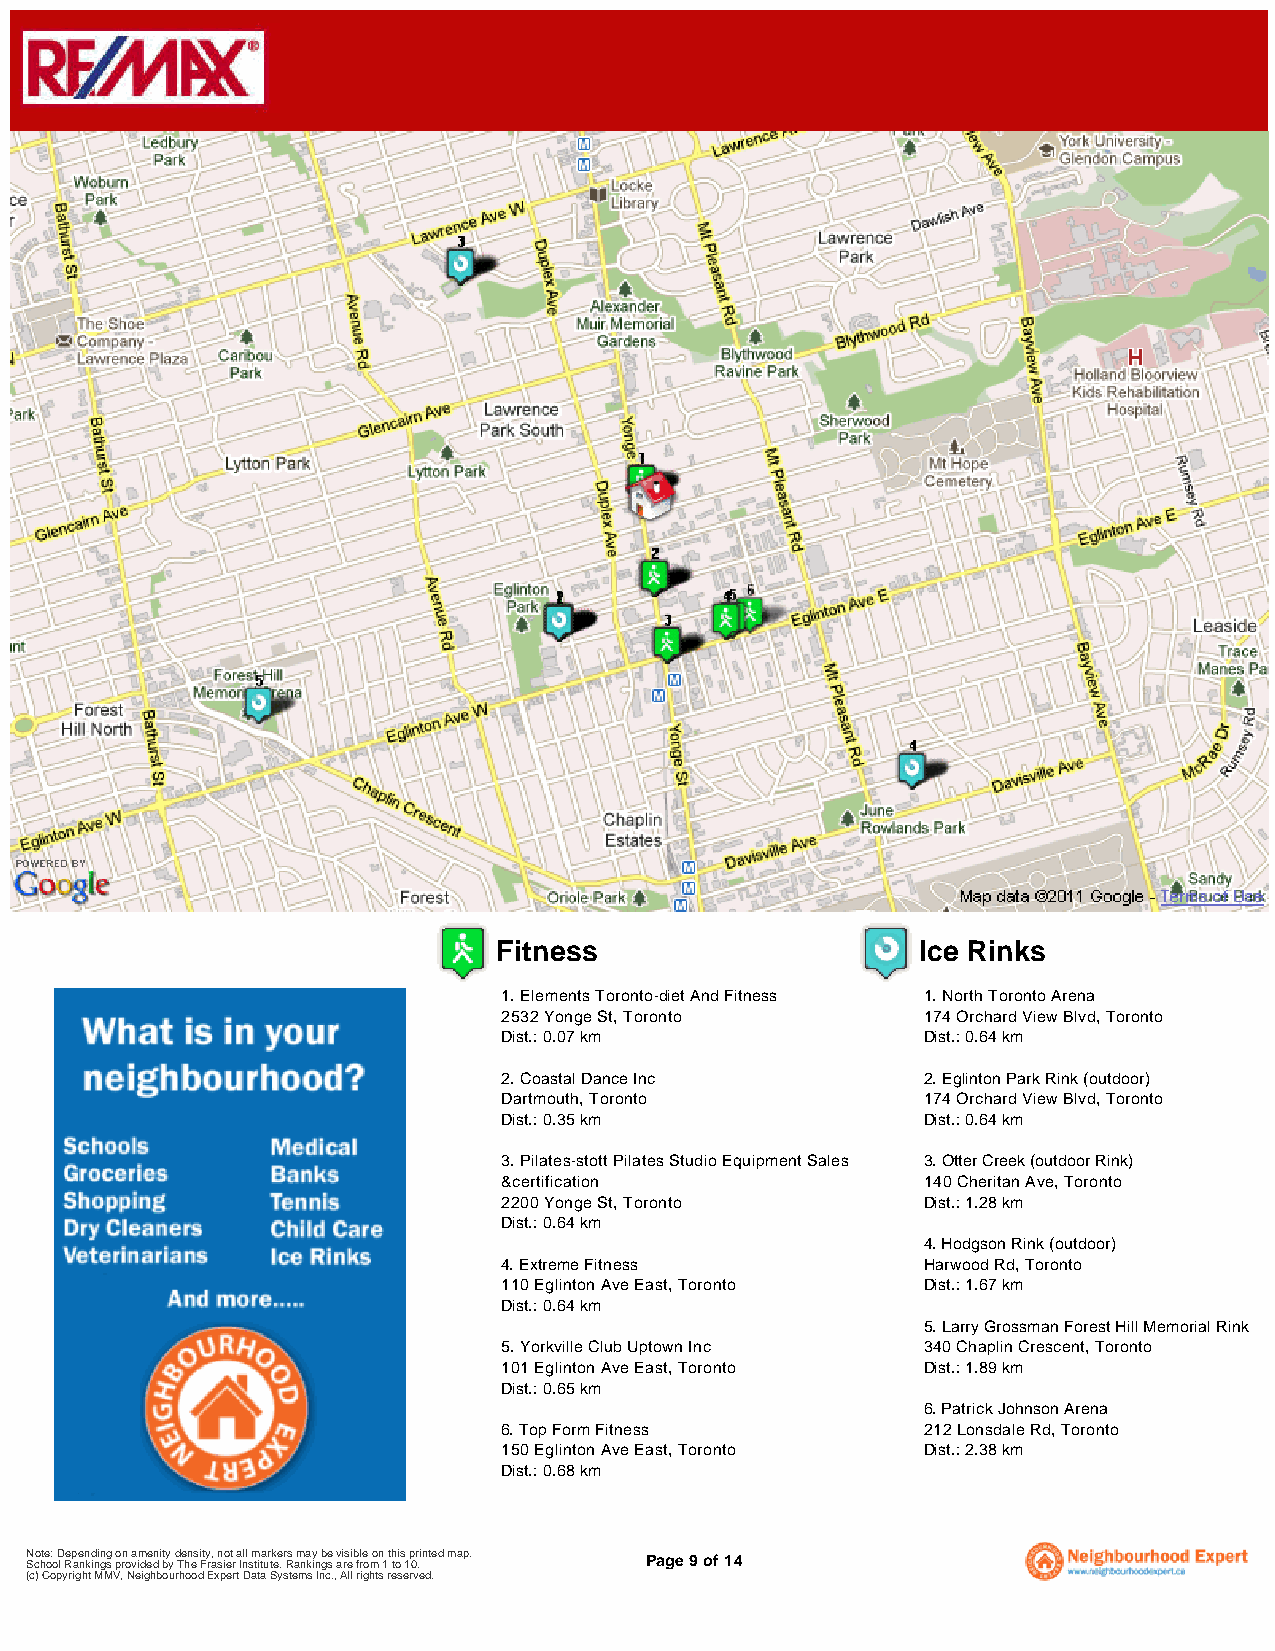
Fitness                     Ice Rinks
 1. Elements Toronto-diet And Fitness 1. North Toronto Arena
 2532 Yonge St, Toronto      174 Orchard View Blvd, Toronto
 Dist.: 0.07 km              Dist.: 0.64 km
 2. Coastal Dance Inc        2. Eglinton Park Rink (outdoor)
 Dartmouth, Toronto          174 Orchard View Blvd, Toronto
 Dist.: 0.35 km              Dist.: 0.64 km
 3. Pilates-stott Pilates Studio Equipment Sales 3. Otter Creek (outdoor Rink)
 &certification              140 Cheritan Ave, Toronto
 2200 Yonge St, Toronto      Dist.: 1.28 km
 Dist.: 0.64 km
 4. Hodgson Rink (outdoor)
 4. Extreme Fitness          Harwood Rd, Toronto
 110 Eglinton Ave East, Toronto Dist.: 1.67 km
 Dist.: 0.64 km
 5. Larry Grossman Forest Hill Memorial Rink
 5. Yorkville Club Uptown Inc 340 Chaplin Crescent, Toronto
 101 Eglinton Ave East, Toronto Dist.: 1.89 km
 Dist.: 0.65 km
 6. Patrick Johnson Arena
 6. Top Form Fitness         212 Lonsdale Rd, Toronto
 150 Eglinton Ave East, Toronto Dist.: 2.38 km
 Dist.: 0.68 km
 N Sco hte o: o D l Rep ae nn kd inin gg s po rn o a vim dee dn i bty y d Te hn es i Fty ra, sn io et r a Inll sm tita ur tk ee . r Rs am na ky in b ge s avi rs ei b frle o mon 1 t h tois 1 p 0r .i nted map. Page 9 of 14
 (c) Copyright MMV, Neighbourhood Expert Data Systems Inc., All rights reserved.